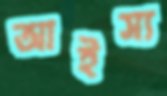
আইস্য